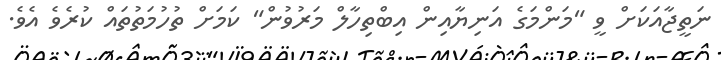
ނަތީޖާއަކަށް ވީ "މަންމަގެ އަނިޔާއިން އިބްތިހާލް މަރުވުން" ކަމަށް ތުހުމަތުތައް ކުރެވެ އެވެ.